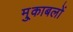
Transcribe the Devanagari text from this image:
मु्काबलों